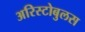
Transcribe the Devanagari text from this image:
अरिस्टोबुलस